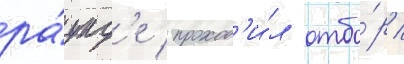
ра́унд'е проход'и́л отбо́р /